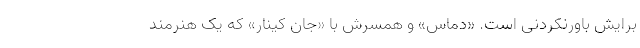
برایش باورنکردنی است. «دماس»‌ و همسرش با «جان کینار» که یک هنرمند